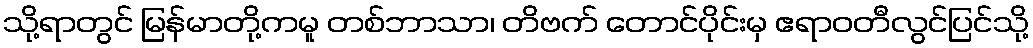
သို့ရာတွင် မြန်မာတို့ကမူ တစ်ဘာသာ၊ တိဗက် တောင်ပိုင်းမှ ဧရာဝတီလွင်ပြင်သို့